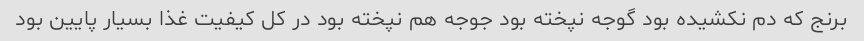
برنج که دم نکشیده بود گوجه نپخته بود جوجه هم نپخته بود در کل کیفیت غذا بسیار پایین بود